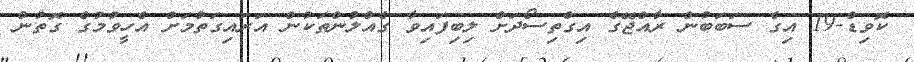
ކޮވިޑް-19 އިގެ ސަބަބުން ރާއްޖޭގެ އިގްތިސޯދަށް ލިބިފައިވާ ގެއްލުންތަކުން އަރައިގަތުމަށް އެހީވުމުގެ ގޮތުން